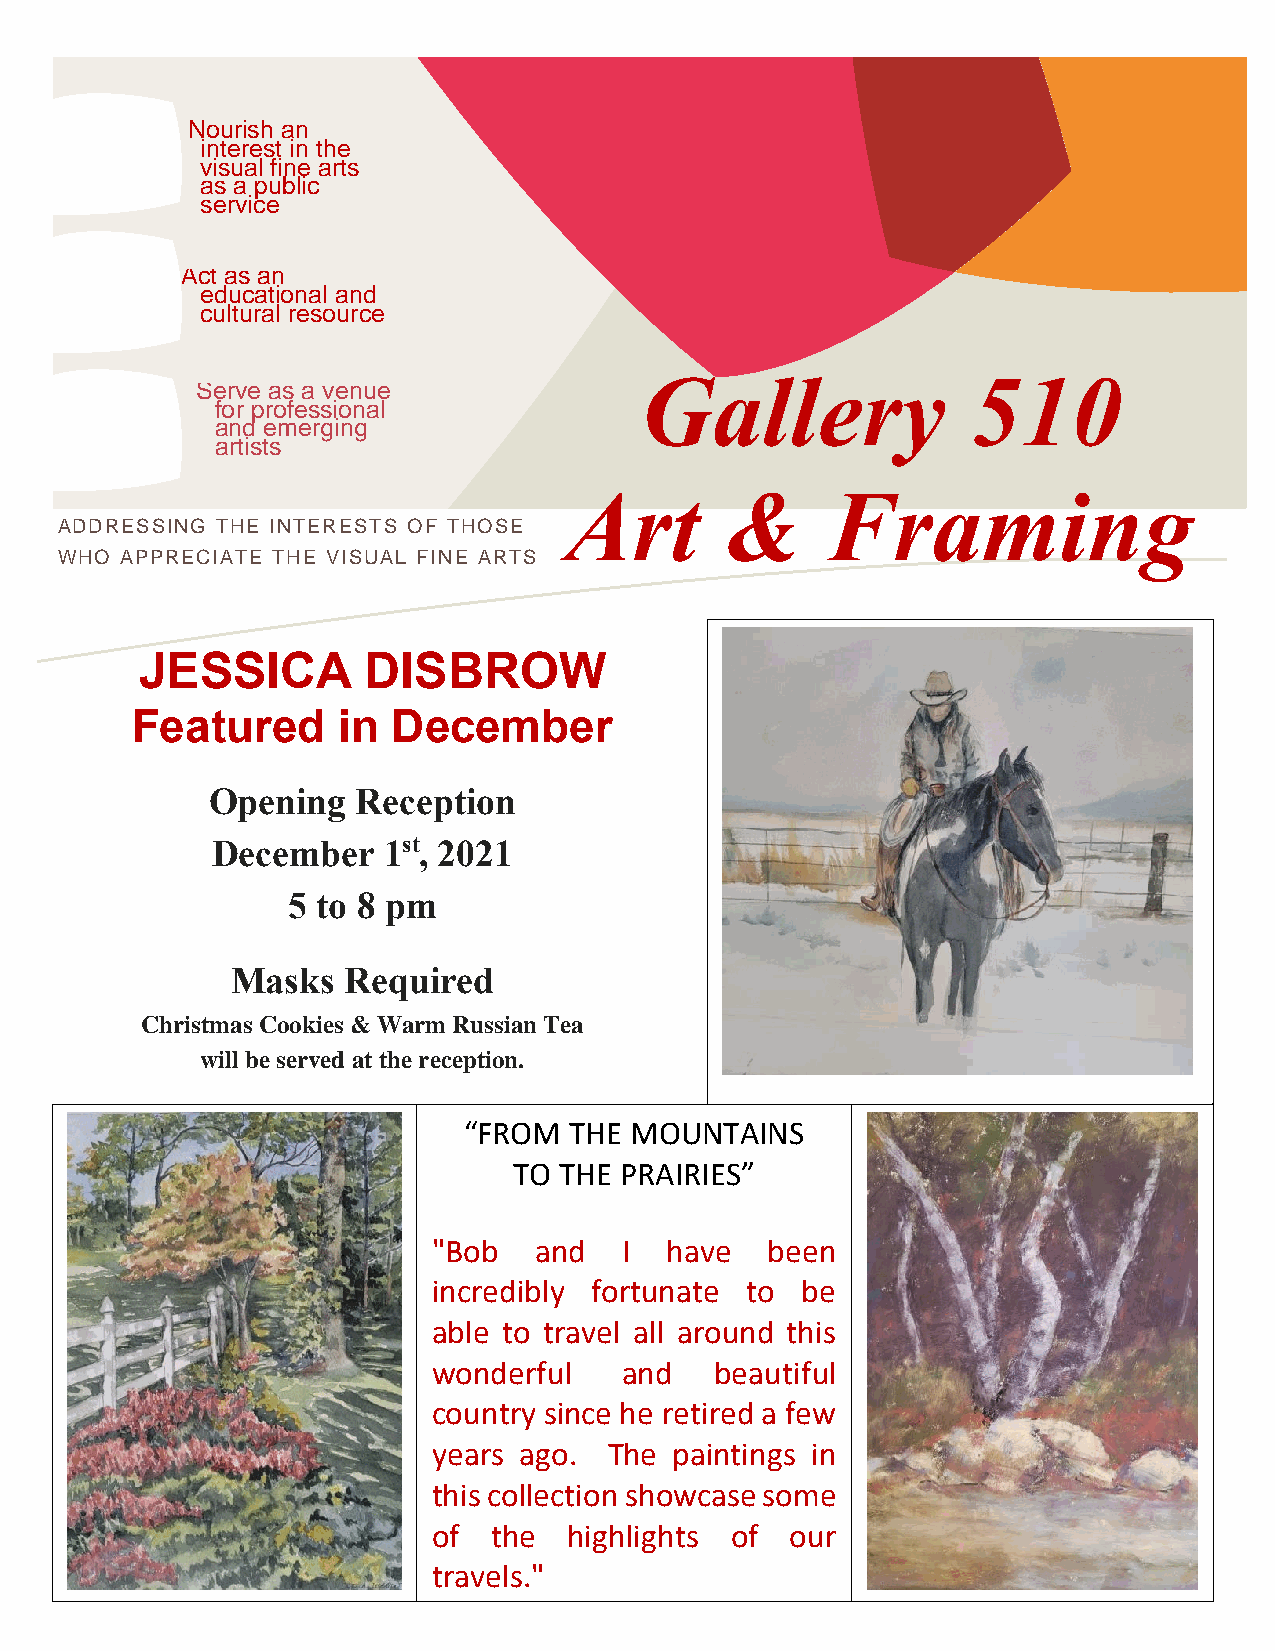
Nourish an
 interest in the
 visual fine arts
 as a public
 service
 Act as an
 educational and
 cultural resource
 Gallery               510
 Serve as a venue
 for professional
 and emerging
 artists
 Art        &      Framing
 ADDRESSING THE INTERESTS OF THOSE
 WHO APPRECIATE THE VISUAL FINE ARTS
 JESSICA        DISBROW
 Featured     in  December
 Opening   Reception
 December   1st, 2021
 5 to 8 pm
 Masks   Required
 Christmas Cookies & Warm Russian Tea
 will be served at the reception.
 “FROM  THE MOUNTAINS
 TO THE PRAIRIES”
 "Bob  and   I  have   been
 incredibly fortunate to be
 able to travel all around this
 wonderful   and   beautiful
 country since he retired a few
 years ago. The  paintings in
 this collection showcase some
 of  the  highlights of our
 travels."